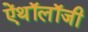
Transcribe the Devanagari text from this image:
ऐंथॉलॉजी